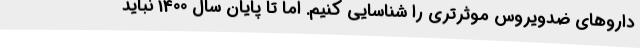
داروهای ضدویروس موثرتری را شناسایی کنیم. اما تا پایان سال 1400 نباید